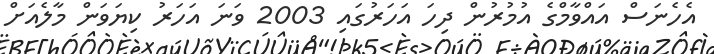
އެހެނަސް އައްވާމްގެ އުމުރުން ދިހަ އަހަރުގައި 2003 ވަނަ އަހަރު ކިޔަވަން މާލެއަށް